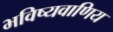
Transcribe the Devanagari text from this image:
भविष्यवाणिय